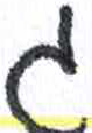
אות: ג